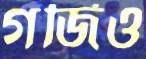
গর্জিও